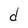
Character: d